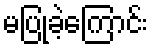
မပြုခဲ့ကြောင်း